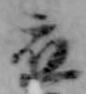
応